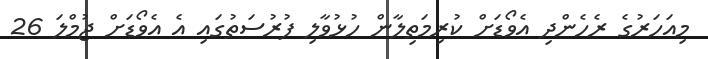
މިއަހަރުގެ ރެހެންދި އެވޯޑަށް ކުރިމަތިލާން ހުޅުވާލި ފުރުސަތުގައި އެ އެވޯޑަށް ޖުމްލަ 26